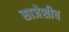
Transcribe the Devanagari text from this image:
साजेशीच